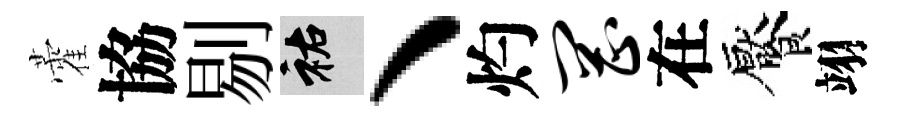
藿協剔祐、灼罔在饜翊